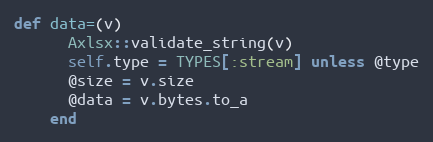
Language: Ruby
def data=(v)
      Axlsx::validate_string(v)
      self.type = TYPES[:stream] unless @type
      @size = v.size
      @data = v.bytes.to_a
    end